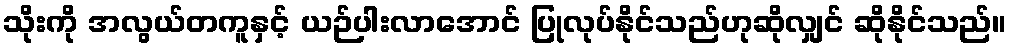
သိုးကို အလွယ်တကူနှင့် ယဉ်ပါးလာအောင် ပြုလုပ်နိုင်သည်ဟုဆိုလျှင် ဆိုနိုင်သည်။